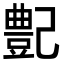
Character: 𪩰